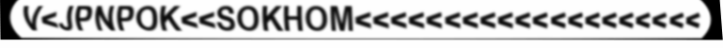
V<JPNPOK<<SOKHOM<<<<<<<<<<<<<<<<<<<<